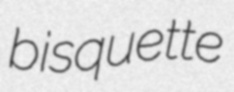
bisquette